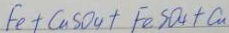
F e + C u S O _ { 4 } + F e S O _ { 4 } + C u